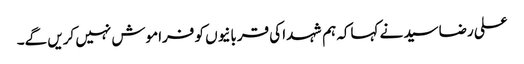
علی رضاسید نے کہاکہ ہم شہدا کی قربانیوں کو فراموش نہیں کریں گے۔